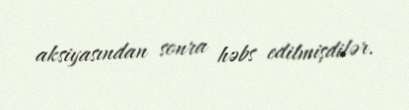
aksiyasından sonra həbs edilmişdilər.